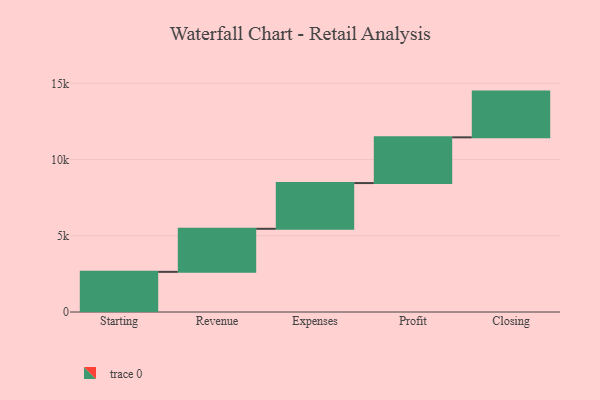
{"axis": {"x": "Step", "y": "Value"}, "legend": [""], "data": [{"x": "Starting", "y": 2634.0, "type": ""}, {"x": "Revenue", "y": 2825.0, "type": ""}, {"x": "Expenses", "y": 3000, "type": ""}, {"x": "Profit", "y": 3000, "type": ""}, {"x": "Closing", "y": 3000, "type": ""}]}